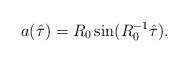
\begin{align*}a(\hat\tau) = R_0 \sin(R_0^{-1} \hat\tau).\end{align*}